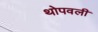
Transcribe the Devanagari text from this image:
थोपवली